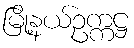
မြို့နယ်ဥက္ကဋ္ဌ